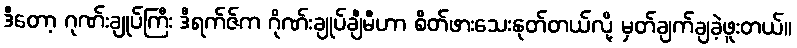
ဒီတော့ ဂုဏ်းချုပ်ကြီး ဒီရက်ဇ်က ဂိုဏ်းချုပ်ချီမီဟာ စိတ်ဖားသေးနုတ်တယ်လို့ မှတ်ချက်ချခဲ့ဖူးတယ်။